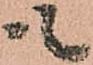
も